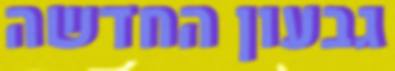
גבעון החדשה